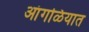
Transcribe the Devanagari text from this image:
आंगळियात